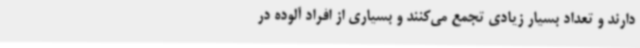
دارند و تعداد بسیار زیادی تجمع می‌کنند و بسیاری از افراد آلوده در